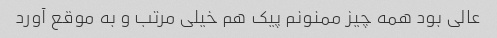
عالی بود همه چیز ممنونم پیک هم خیلی مرتب و به موقع آورد